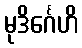
မုဒိင်္ဂေဟိ